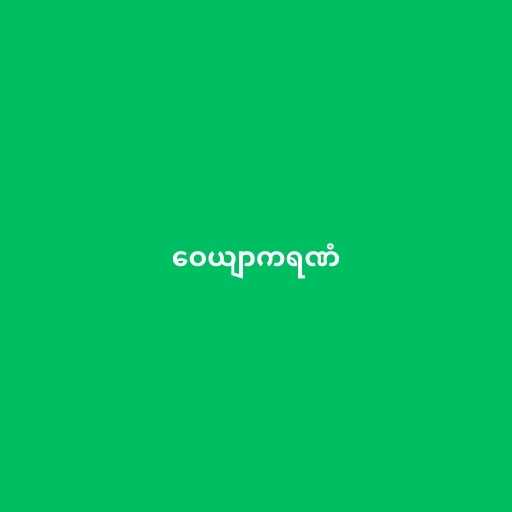
ဝေယျာကရဏံ